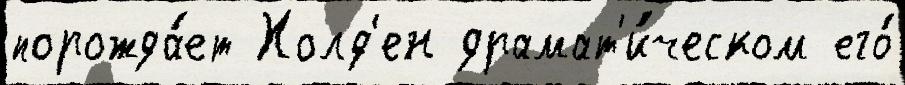
порожда́ет Холд'ен драмат'и́ческом его́